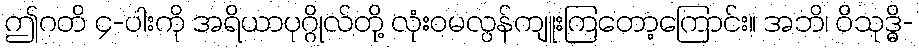
ဤဂတိ ၄-ပါးကို အရိယာပုဂ္ဂိုလ်တို့ လုံးဝမလွန်ကျူးကြတော့ကြောင်း။ အဘိ၊ ဝိသုဒ္ဓိ-